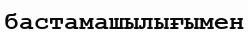
бастамашылығымен